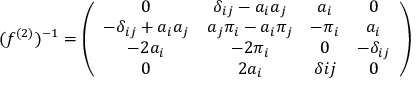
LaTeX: ( f ^ { ( 2 ) } ) ^ { - 1 } = \left( \begin{array} { c c c c } { { 0 } } & { { \delta _ { i j } - a _ { i } a _ { j } } } & { { a _ { i } } } & { { 0 } } \\ { { - \delta _ { i j } + a _ { i } a _ { j } } } & { { a _ { j } \pi _ { i } - a _ { i } \pi _ { j } } } & { { - \pi _ { i } } } & { { a _ { i } } } \\ { { - 2 a _ { i } } } & { { - 2 \pi _ { i } } } & { { 0 } } & { { - \delta _ { i j } } } \\ { { 0 } } & { { 2 a _ { i } } } & { { \delta { i j } } } & { { 0 } } \end{array} \right)